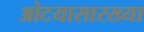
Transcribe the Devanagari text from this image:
ओटयासारख्या